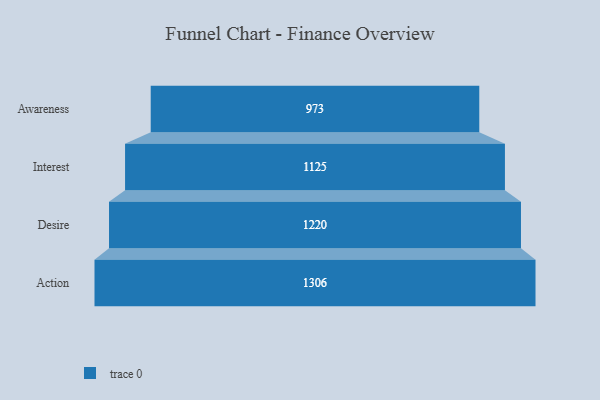
{"axis": {"x": "Stage", "y": "Value"}, "legend": [""], "data": [{"x": "Awareness", "y": 973.0, "type": ""}, {"x": "Interest", "y": 1125.0, "type": ""}, {"x": "Desire", "y": 1220.0, "type": ""}, {"x": "Action", "y": 1306.0, "type": ""}]}